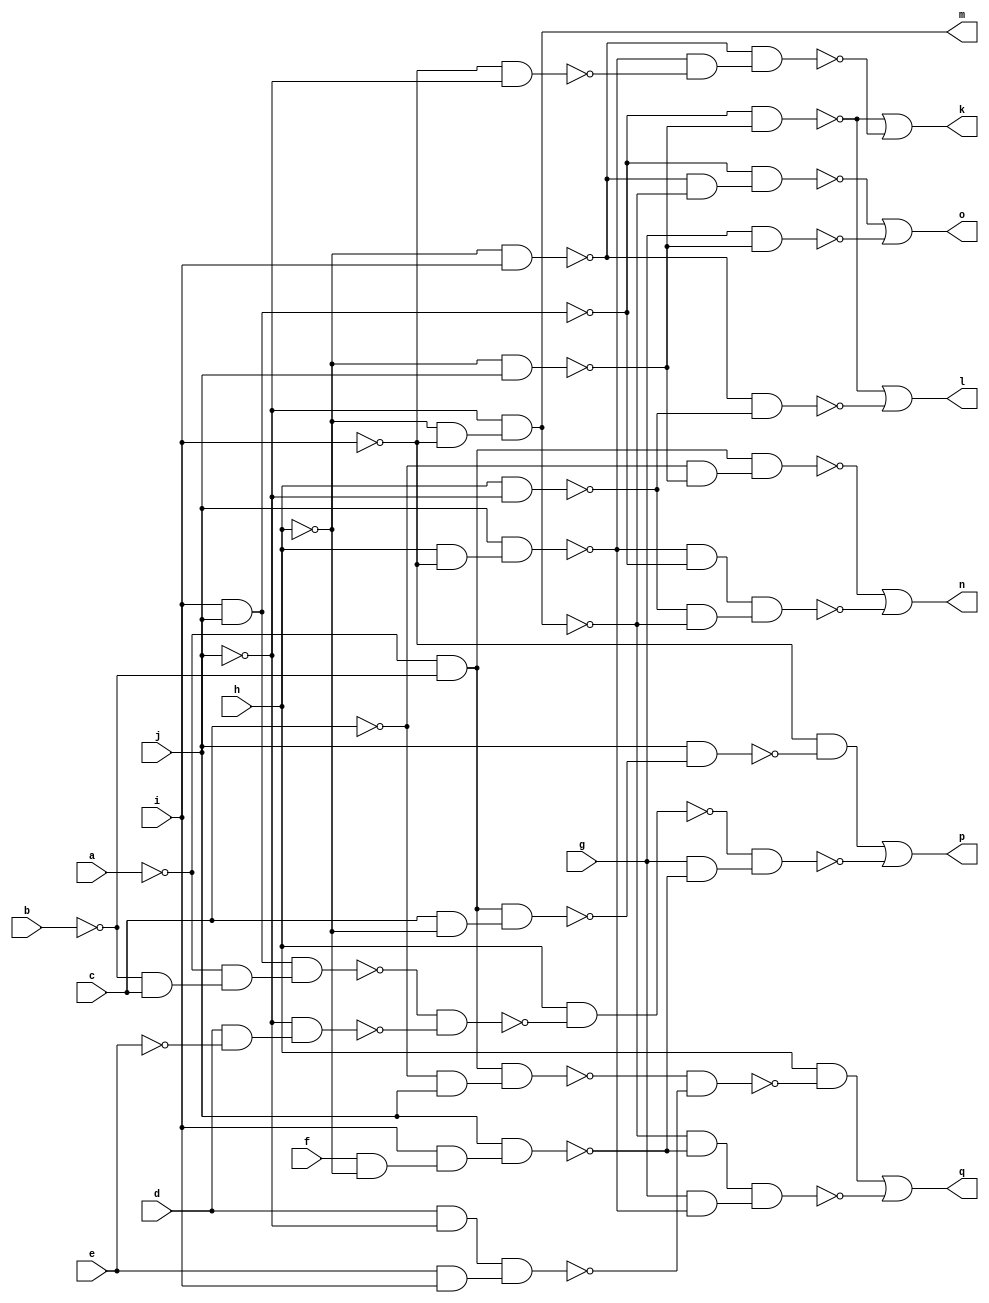
module x2 ( 
    a, b, c, d, e, f, g, h, i, j,
    k, l, m, n, o, p, q  );
  input  a, b, c, d, e, f, g, h, i, j;
  output k, l, m, n, o, p, q;
  wire new_n18_, new_n19_, new_n20_, new_n21_, new_n22_, new_n23_, new_n24_,
    new_n25_, new_n26_, new_n28_, new_n29_, new_n31_, new_n33_, new_n34_,
    new_n35_, new_n36_, new_n37_, new_n38_, new_n40_, new_n41_, new_n42_,
    new_n44_, new_n45_, new_n46_, new_n47_, new_n48_, new_n49_, new_n50_,
    new_n51_, new_n52_, new_n53_, new_n54_, new_n55_, new_n56_, new_n57_,
    new_n58_, new_n59_, new_n61_, new_n62_, new_n63_, new_n64_, new_n65_,
    new_n66_, new_n67_, new_n68_, new_n69_, new_n70_;
  assign new_n18_ = h & ~i;
  assign new_n19_ = j & new_n18_;
  assign new_n20_ = ~h & i;
  assign new_n21_ = i & j;
  assign new_n22_ = ~h & j;
  assign new_n23_ = ~new_n21_ & ~new_n22_;
  assign new_n24_ = ~i & ~j;
  assign new_n25_ = ~new_n19_ & ~new_n24_;
  assign new_n26_ = ~new_n20_ & new_n25_;
  assign k = ~new_n23_ | ~new_n26_;
  assign new_n28_ = h & ~j;
  assign new_n29_ = ~new_n20_ & ~new_n28_;
  assign l = ~new_n23_ | ~new_n29_;
  assign new_n31_ = ~h & ~i;
  assign m = ~j & new_n31_;
  assign new_n33_ = ~a & ~b;
  assign new_n34_ = ~c & ~new_n22_;
  assign new_n35_ = new_n33_ & new_n34_;
  assign new_n36_ = ~new_n19_ & ~new_n21_;
  assign new_n37_ = ~new_n28_ & ~m;
  assign new_n38_ = new_n36_ & new_n37_;
  assign n = ~new_n35_ | ~new_n38_;
  assign new_n40_ = ~new_n20_ & ~m;
  assign new_n41_ = ~new_n21_ & new_n40_;
  assign new_n42_ = g & ~new_n22_;
  assign o = ~new_n41_ | ~new_n42_;
  assign new_n44_ = f & ~h;
  assign new_n45_ = i & new_n44_;
  assign new_n46_ = j & new_n45_;
  assign new_n47_ = c & ~h;
  assign new_n48_ = new_n33_ & new_n47_;
  assign new_n49_ = j & ~new_n48_;
  assign new_n50_ = ~i & ~new_n49_;
  assign new_n51_ = ~b & c;
  assign new_n52_ = ~a & new_n51_;
  assign new_n53_ = new_n21_ & new_n52_;
  assign new_n54_ = d & ~e;
  assign new_n55_ = ~j & new_n54_;
  assign new_n56_ = ~new_n53_ & ~new_n55_;
  assign new_n57_ = h & ~new_n56_;
  assign new_n58_ = g & ~new_n46_;
  assign new_n59_ = ~new_n57_ & new_n58_;
  assign p = new_n50_ | ~new_n59_;
  assign new_n61_ = ~c & j;
  assign new_n62_ = new_n33_ & new_n61_;
  assign new_n63_ = d & ~j;
  assign new_n64_ = e & i;
  assign new_n65_ = new_n63_ & new_n64_;
  assign new_n66_ = ~new_n62_ & ~new_n65_;
  assign new_n67_ = h & ~new_n66_;
  assign new_n68_ = ~m & ~new_n46_;
  assign new_n69_ = g & ~new_n19_;
  assign new_n70_ = new_n68_ & new_n69_;
  assign q = new_n67_ | ~new_n70_;
endmodule